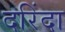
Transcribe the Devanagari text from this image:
दरिंदा